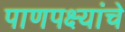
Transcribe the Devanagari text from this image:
पाणपक्ष्यांचे